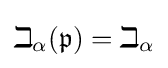
\beth _{\alpha }({\mathfrak {p}})=\beth _{\alpha }